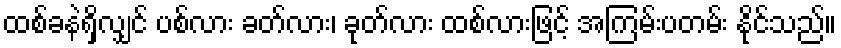
ထစ်ခနဲရှိလျှင် ပစ်လား ခတ်လား၊ ခုတ်လား ထစ်လားဖြင့် အကြမ်းပတမ်း နိုင်သည်။